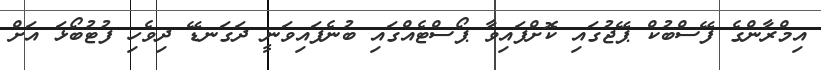
އިމްރާންގެ ފޭސްބުކް ޕޭޖުގައި ކޮށްފައިވާ ޕޯސްޓެއްގައި ބުނެފައިވަނީ ދަގަނޑޭ ދިވެހި ފުޓުބޯޅަ އަށް